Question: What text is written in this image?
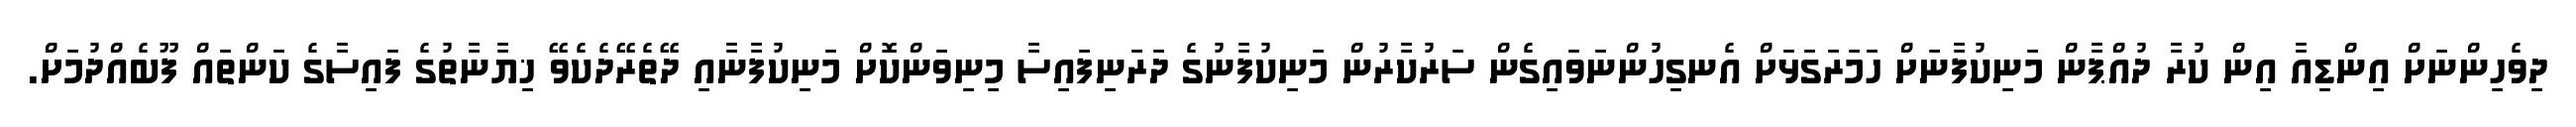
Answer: ދިވެހިންނަށް އިންޑިއާ އިން ކުރާ ދުއްޕާން މަނިކުފާނަށް ހަމަރަގަޅަށް އެނގިހުންނަވައިގެން ސަރުކާރުން މަނިކުފާނުގެ ދަރަނިފައިސާ މިނިވަންކޮށް މަނިކުފާނާއި ދޭތެރޭދެކެވޭ ޚިޔާނާތުގެ ފައިސާގެ ކަންތައް ފޫބެއްދުމަށް.